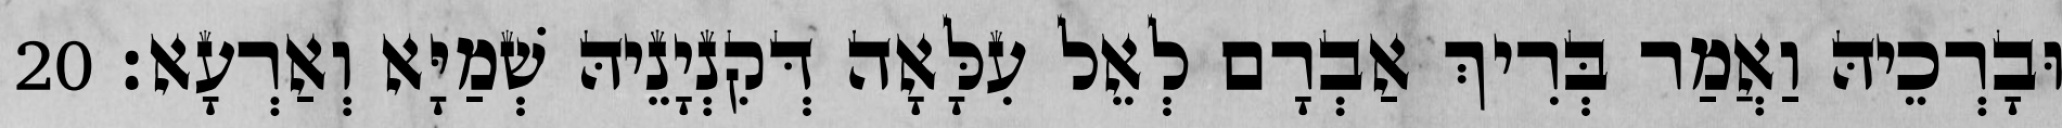
וּבָרְכֵיהּ וַאֲמַר בְּרִיךְ אַבְרָם לְאֵל עִלָּאָה דְּקִנְיָנֵיהּ שְׁמַיָּא וְאַרְעָא׃ 20